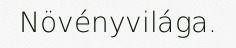
Növényvilága.